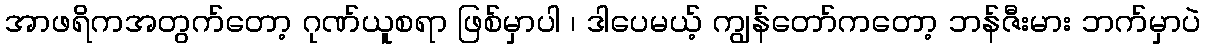
အာဖရိကအတွက်တော့ ဂုဏ်ယူစရာ ဖြစ်မှာပါ ၊ ဒါပေမယ့် ကျွန်တော်ကတော့ ဘန်ဇီးမား ဘက်မှာပဲ